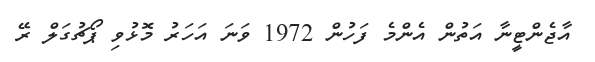
އާޖެންޓީނާ އަތުން އެންމެ ފަހުން 1972 ވަނަ އަހަރު މޮޅުވި ޕޯޗުގަލް ރޭ